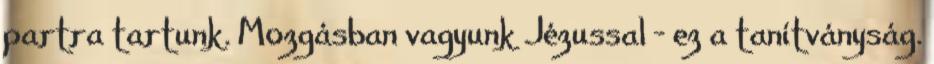
partra tartunk. Mozgásban vagyunk Jézussal – ez a tanítványság.